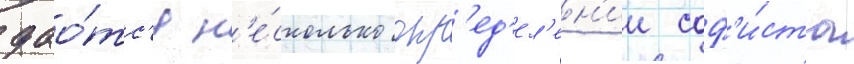
дао́тс'я н'е́сколько опр'ед'ел'ен'ии соф'и́ста